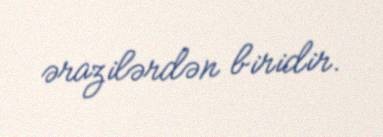
ərazilərdən biridir.